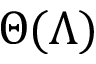
\Theta ( \Lambda )